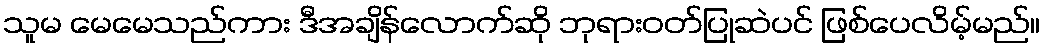
သူမ မေမေသည်ကား ဒီအချိန်လောက်ဆို ဘုရားဝတ်ပြုဆဲပင် ဖြစ်ပေလိမ့်မည်။